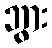
ဘွား